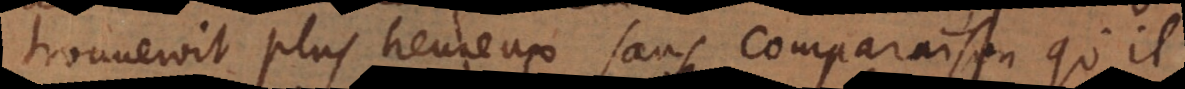
trouveroit plus heureux sans comparaison qu’il